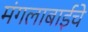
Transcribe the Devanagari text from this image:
मंगलाबाईंचे